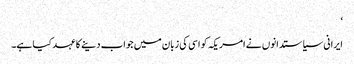
‘
ایرانی سیاستدانوں نے امریکہ کو اسی کی زبان میں جواب دینے کا عہد کیا ہے۔